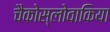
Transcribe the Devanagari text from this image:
चैकोस्लोवाकिया